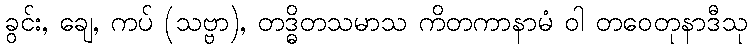
ခွင်း, ချေ, ကပ် (သဗ္ဗာ), တဒ္ဓိတသမာသ ကိတကာနာမံ ဝါ တဝေတုနာဒီသု